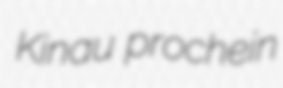
Kinau prochein